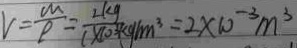
v = \frac { m } { \rho } = \frac { 2 k g } { 1 \times 1 0 ^ { 3 } k g / m ^ { 3 } } = 2 \times 1 0 ^ { - 3 } m ^ { 3 }